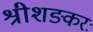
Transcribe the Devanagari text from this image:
श्रीशङ्करः